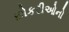
છોકરીઓનો